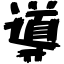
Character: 導